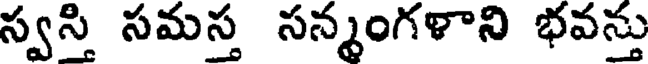
స్వస్తి సమస్త సన్మంగళాని భవన్తు